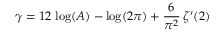
\gamma = 1 2 \, \log ( A ) - \log ( 2 \pi ) + { \frac { 6 } { \pi ^ { 2 } } } \, \zeta ^ { \prime } ( 2 )